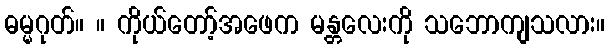
ဓမ္မဂုတ်။ ။ ကိုယ်တော့်အဖေက မန္တလေးကို သဘောကျသလား။